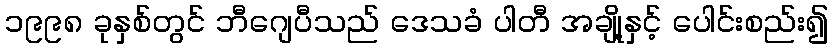
၁၉၉၈ ခုနှစ်တွင် ဘီဂျေပီသည် ဒေသခံ ပါတီ အချို့နှင့် ပေါင်းစည်း၍